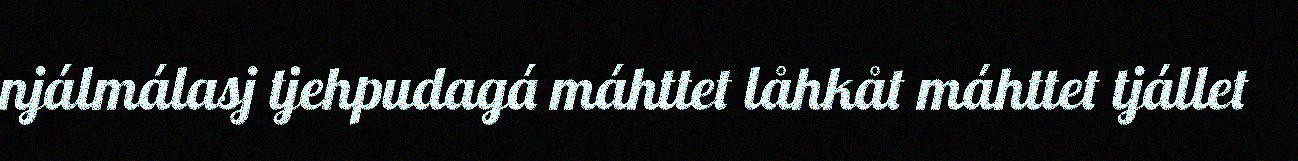
njálmálasj tjehpudagá máhttet låhkåt máhttet tjállet